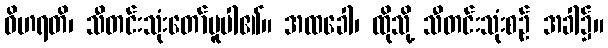
ဝိဟရတိ၊ သီတင်းသုံးတော်မူပါ၏။ အထခေါ၊ ထိုသို့ သီတင်းသုံးစဉ် အခါ၌။